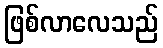
ဖြစ်လာလေသည်